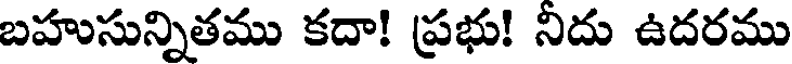
బహుసున్నితము కదా! ప్రభు! నిదు ఉదరము